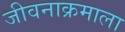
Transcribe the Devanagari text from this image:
जीवनाक्रमाला